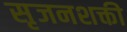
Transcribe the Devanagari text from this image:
सृजनशक्ती